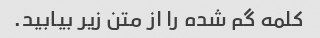
کلمه گم شده را از متن زیر بیابید.